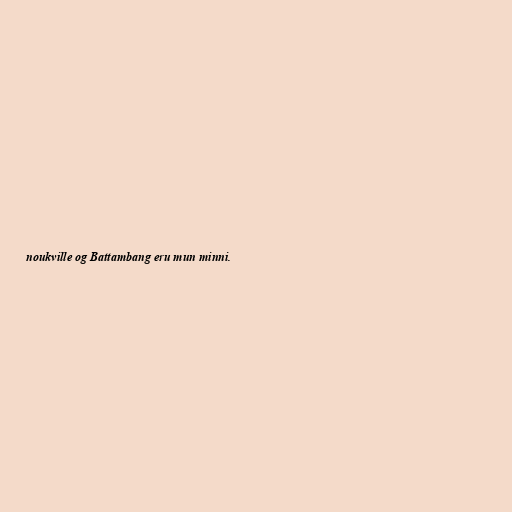
noukville og Battambang eru mun minni.